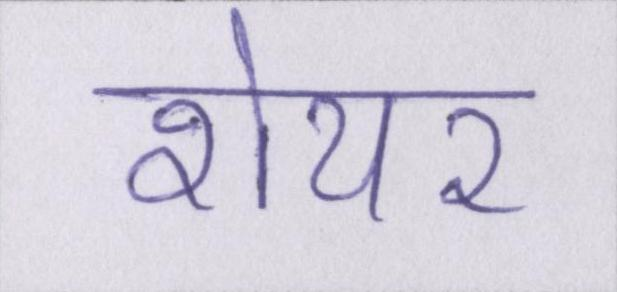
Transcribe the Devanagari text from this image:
शेयर